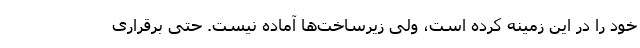
خود را در این زمینه کرده است، ولی زیرساخت‌ها آماده نیست. حتی برقراری